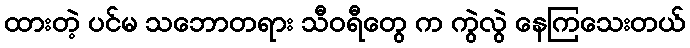
ထားတဲ့ ပင်မ သဘောတရား သီဝရီတွေ က ကွဲလွဲ နေကြသေးတယ်